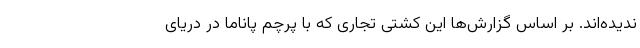
ندیده‌اند. بر اساس گزارش‌ها این کشتی تجاری که با پرچم پاناما در دریای